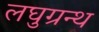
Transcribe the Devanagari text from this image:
लघुग्रन्थ